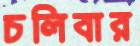
চলিবার